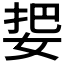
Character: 𰌅